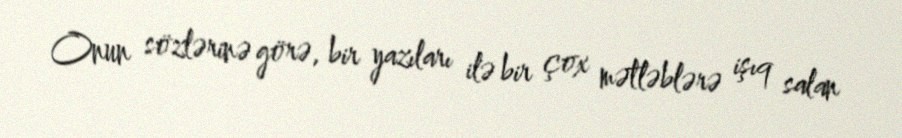
Onun sözlərinə görə, bir yazıları ilə bir çox mətləblərə işıq salan